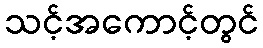
သင့်အကောင့်တွင်